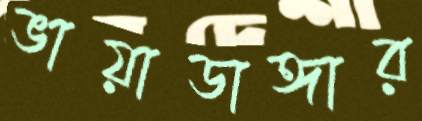
ভায়াডাঙ্গার